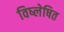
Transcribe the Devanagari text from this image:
विष्लेषित